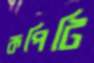
কপিটি